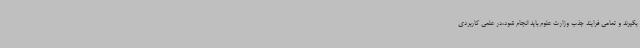
بگیرند و تمامی فرایند جذب وزارت علوم باید انجام شود،در علمی کاربردی